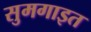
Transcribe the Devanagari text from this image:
सुमगाइत